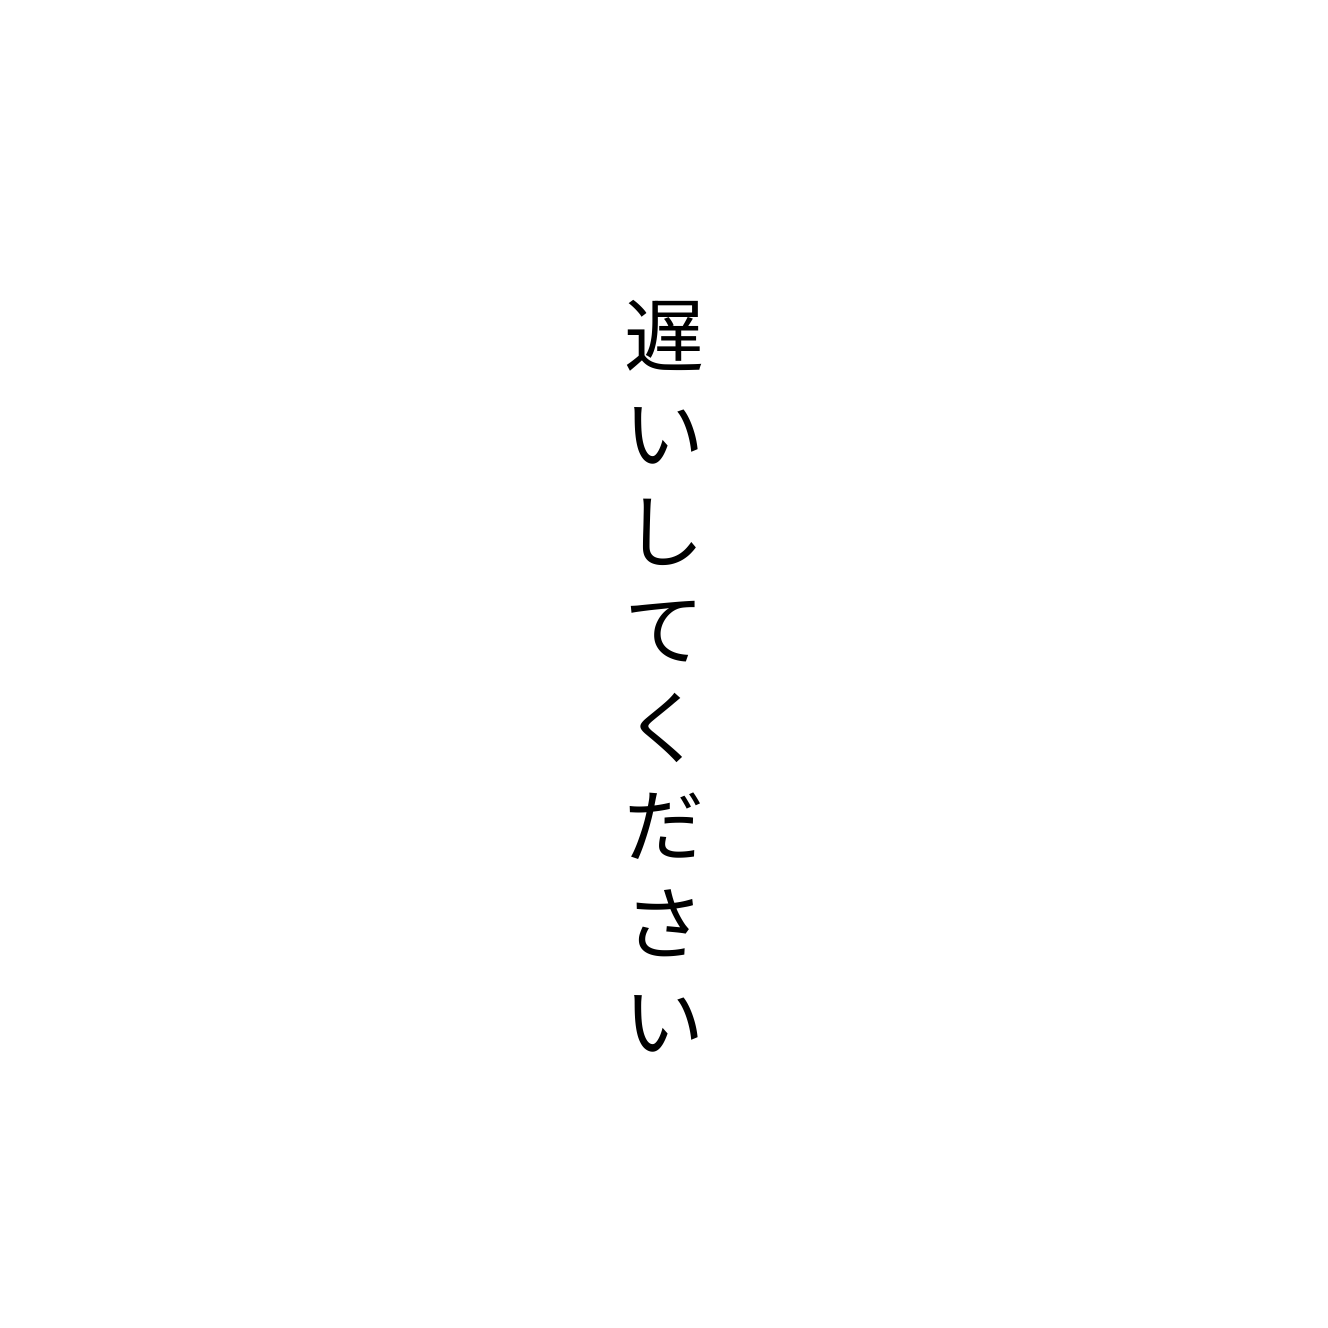
遅いしてください